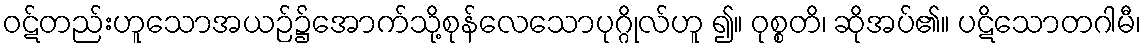
ဝဋ်တည်းဟူသောအယဉ်၌အောက်သို့စုန်လေသောပုဂ္ဂိုလ်ဟူ ၍။ ဝုစ္စတိ၊ ဆိုအပ်၏။ ပဋိသောတဂါမီ၊